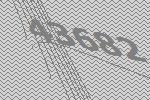
43682